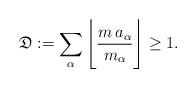
LaTeX: \begin{align*}\mathfrak{D}:=\sum_{\alpha}\Bigg\lfloor \frac{m\,a_{\alpha}}{m_{\alpha}} \Bigg\rfloor \geq 1. \end{align*}